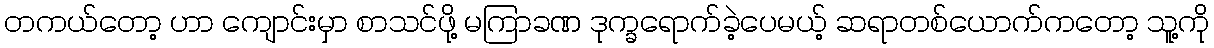
တကယ်တော့ ဟာ ကျောင်းမှာ စာသင်ဖို့ မကြာခဏ ဒုက္ခရောက်ခဲ့ပေမယ့် ဆရာတစ်ယောက်ကတော့ သူ့ကို